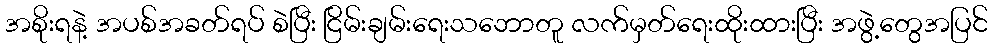
အစိုးရနဲ့ အပစ်အခတ်ရပ် စဲပြီး ငြိမ်းချမ်းရေးသဘောတူ လက်မှတ်ရေးထိုးထားပြီး အဖွဲ့တွေအပြင်